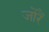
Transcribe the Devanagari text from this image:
जोरैं